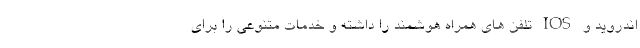
اندروید و IOS تلفن های همراه هوشمند را داشته و خدمات متنوعی را برای